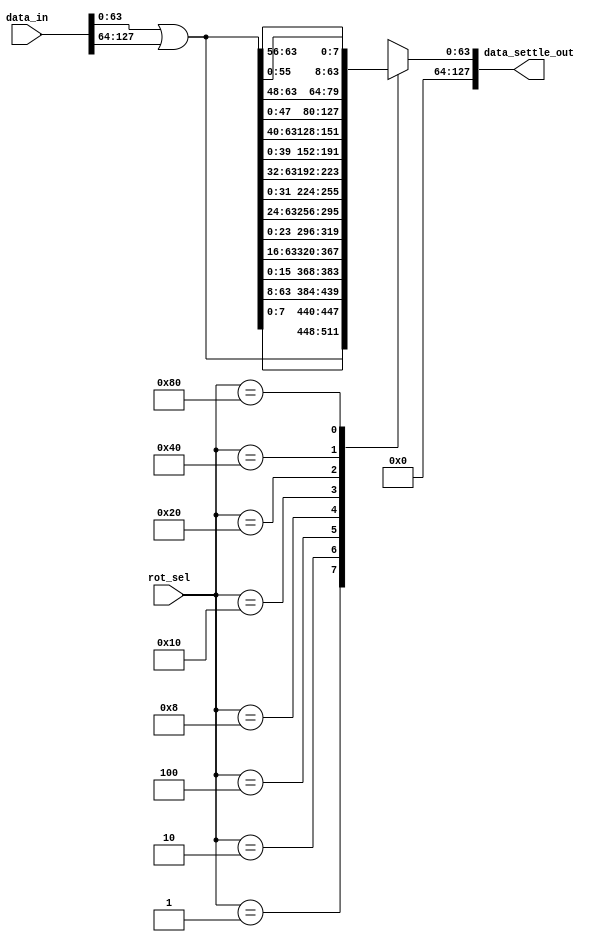
// This program was cloned from: https://github.com/T-head-Semi/openc910
// License: Apache License 2.0

/*Copyright 2019-2021 T-Head Semiconductor Co., Ltd.

Licensed under the Apache License, Version 2.0 (the "License");
you may not use this file except in compliance with the License.
You may obtain a copy of the License at

    http://www.apache.org/licenses/LICENSE-2.0

Unless required by applicable law or agreed to in writing, software
distributed under the License is distributed on an "AS IS" BASIS,
WITHOUT WARRANTIES OR CONDITIONS OF ANY KIND, either express or implied.
See the License for the specific language governing permissions and
limitations under the License.
*/

// &ModuleBeg; @23
module ct_lsu_rot_data(
  data_in,
  data_settle_out,
  rot_sel
);

// &Ports; @24
input   [127:0]  data_in;        
input   [7  :0]  rot_sel;        
output  [127:0]  data_settle_out; 

// &Regs; @25
reg     [63 :0]  data_settle;    

// &Wires; @26
wire    [63 :0]  data;           
wire    [127:0]  data_in;        
wire    [63 :0]  data_rot0;      
wire    [63 :0]  data_rot1;      
wire    [63 :0]  data_rot2;      
wire    [63 :0]  data_rot3;      
wire    [63 :0]  data_rot4;      
wire    [63 :0]  data_rot5;      
wire    [63 :0]  data_rot6;      
wire    [63 :0]  data_rot7;      
wire    [127:0]  data_settle_out; 
wire    [7  :0]  rot_sel;        


// &CombBeg; @48
// &CombEnd; @68
assign data[63:0]       = data_in[63:0]
                          | data_in[127:64];

assign data_rot0[63:0]  = data[63:0];
assign data_rot1[63:0]  = {data[7:0],data[63:8]};
assign data_rot2[63:0]  = {data[15:0],data[63:16]};
assign data_rot3[63:0]  = {data[23:0],data[63:24]};
assign data_rot4[63:0]  = {data[31:0],data[63:32]};
assign data_rot5[63:0]  = {data[39:0],data[63:40]};
assign data_rot6[63:0]  = {data[47:0],data[63:48]};
assign data_rot7[63:0]  = {data[55:0],data[63:56]};

// &CombBeg; @85
always @( data_rot5[63:0]
       or rot_sel[7:0]
       or data_rot0[63:0]
       or data_rot3[63:0]
       or data_rot6[63:0]
       or data_rot4[63:0]
       or data_rot1[63:0]
       or data_rot7[63:0]
       or data_rot2[63:0])
begin
case(rot_sel[7:0])
  8'h01:data_settle[63:0] = data_rot0[63:0];
  8'h02:data_settle[63:0] = data_rot1[63:0];
  8'h04:data_settle[63:0] = data_rot2[63:0];
  8'h08:data_settle[63:0] = data_rot3[63:0];
  8'h10:data_settle[63:0] = data_rot4[63:0];
  8'h20:data_settle[63:0] = data_rot5[63:0];
  8'h40:data_settle[63:0] = data_rot6[63:0];
  8'h80:data_settle[63:0] = data_rot7[63:0];
  default: data_settle[63:0] = {64{1'bx}};
endcase
// &CombEnd; @97
end

assign data_settle_out[127:0] = {64'b0,data_settle[63:0]};

// &ModuleEnd; @102
endmodule